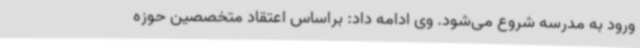
ورود به مدرسه شروع می‌شود. وی ادامه داد: براساس اعتقاد متخصصین حوزه